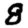
Digit: 8